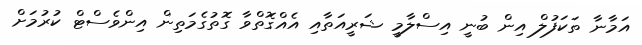
އަމާނާ ތަކަފުލް އިން ބުނީ އިސްލާމީ ޝަރީއަތާއި އެއްގޮތްވާ ގޮތުގެމަތިން އިންވެސްޓް ކުރުމަށް